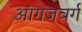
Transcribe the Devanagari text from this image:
आगजवर्ग